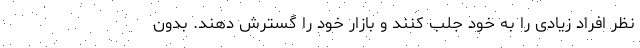
نظر افراد زیادی را به خود جلب کنند و بازار خود را گسترش دهند. بدون